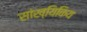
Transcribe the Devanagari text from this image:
सांख्यिकिय